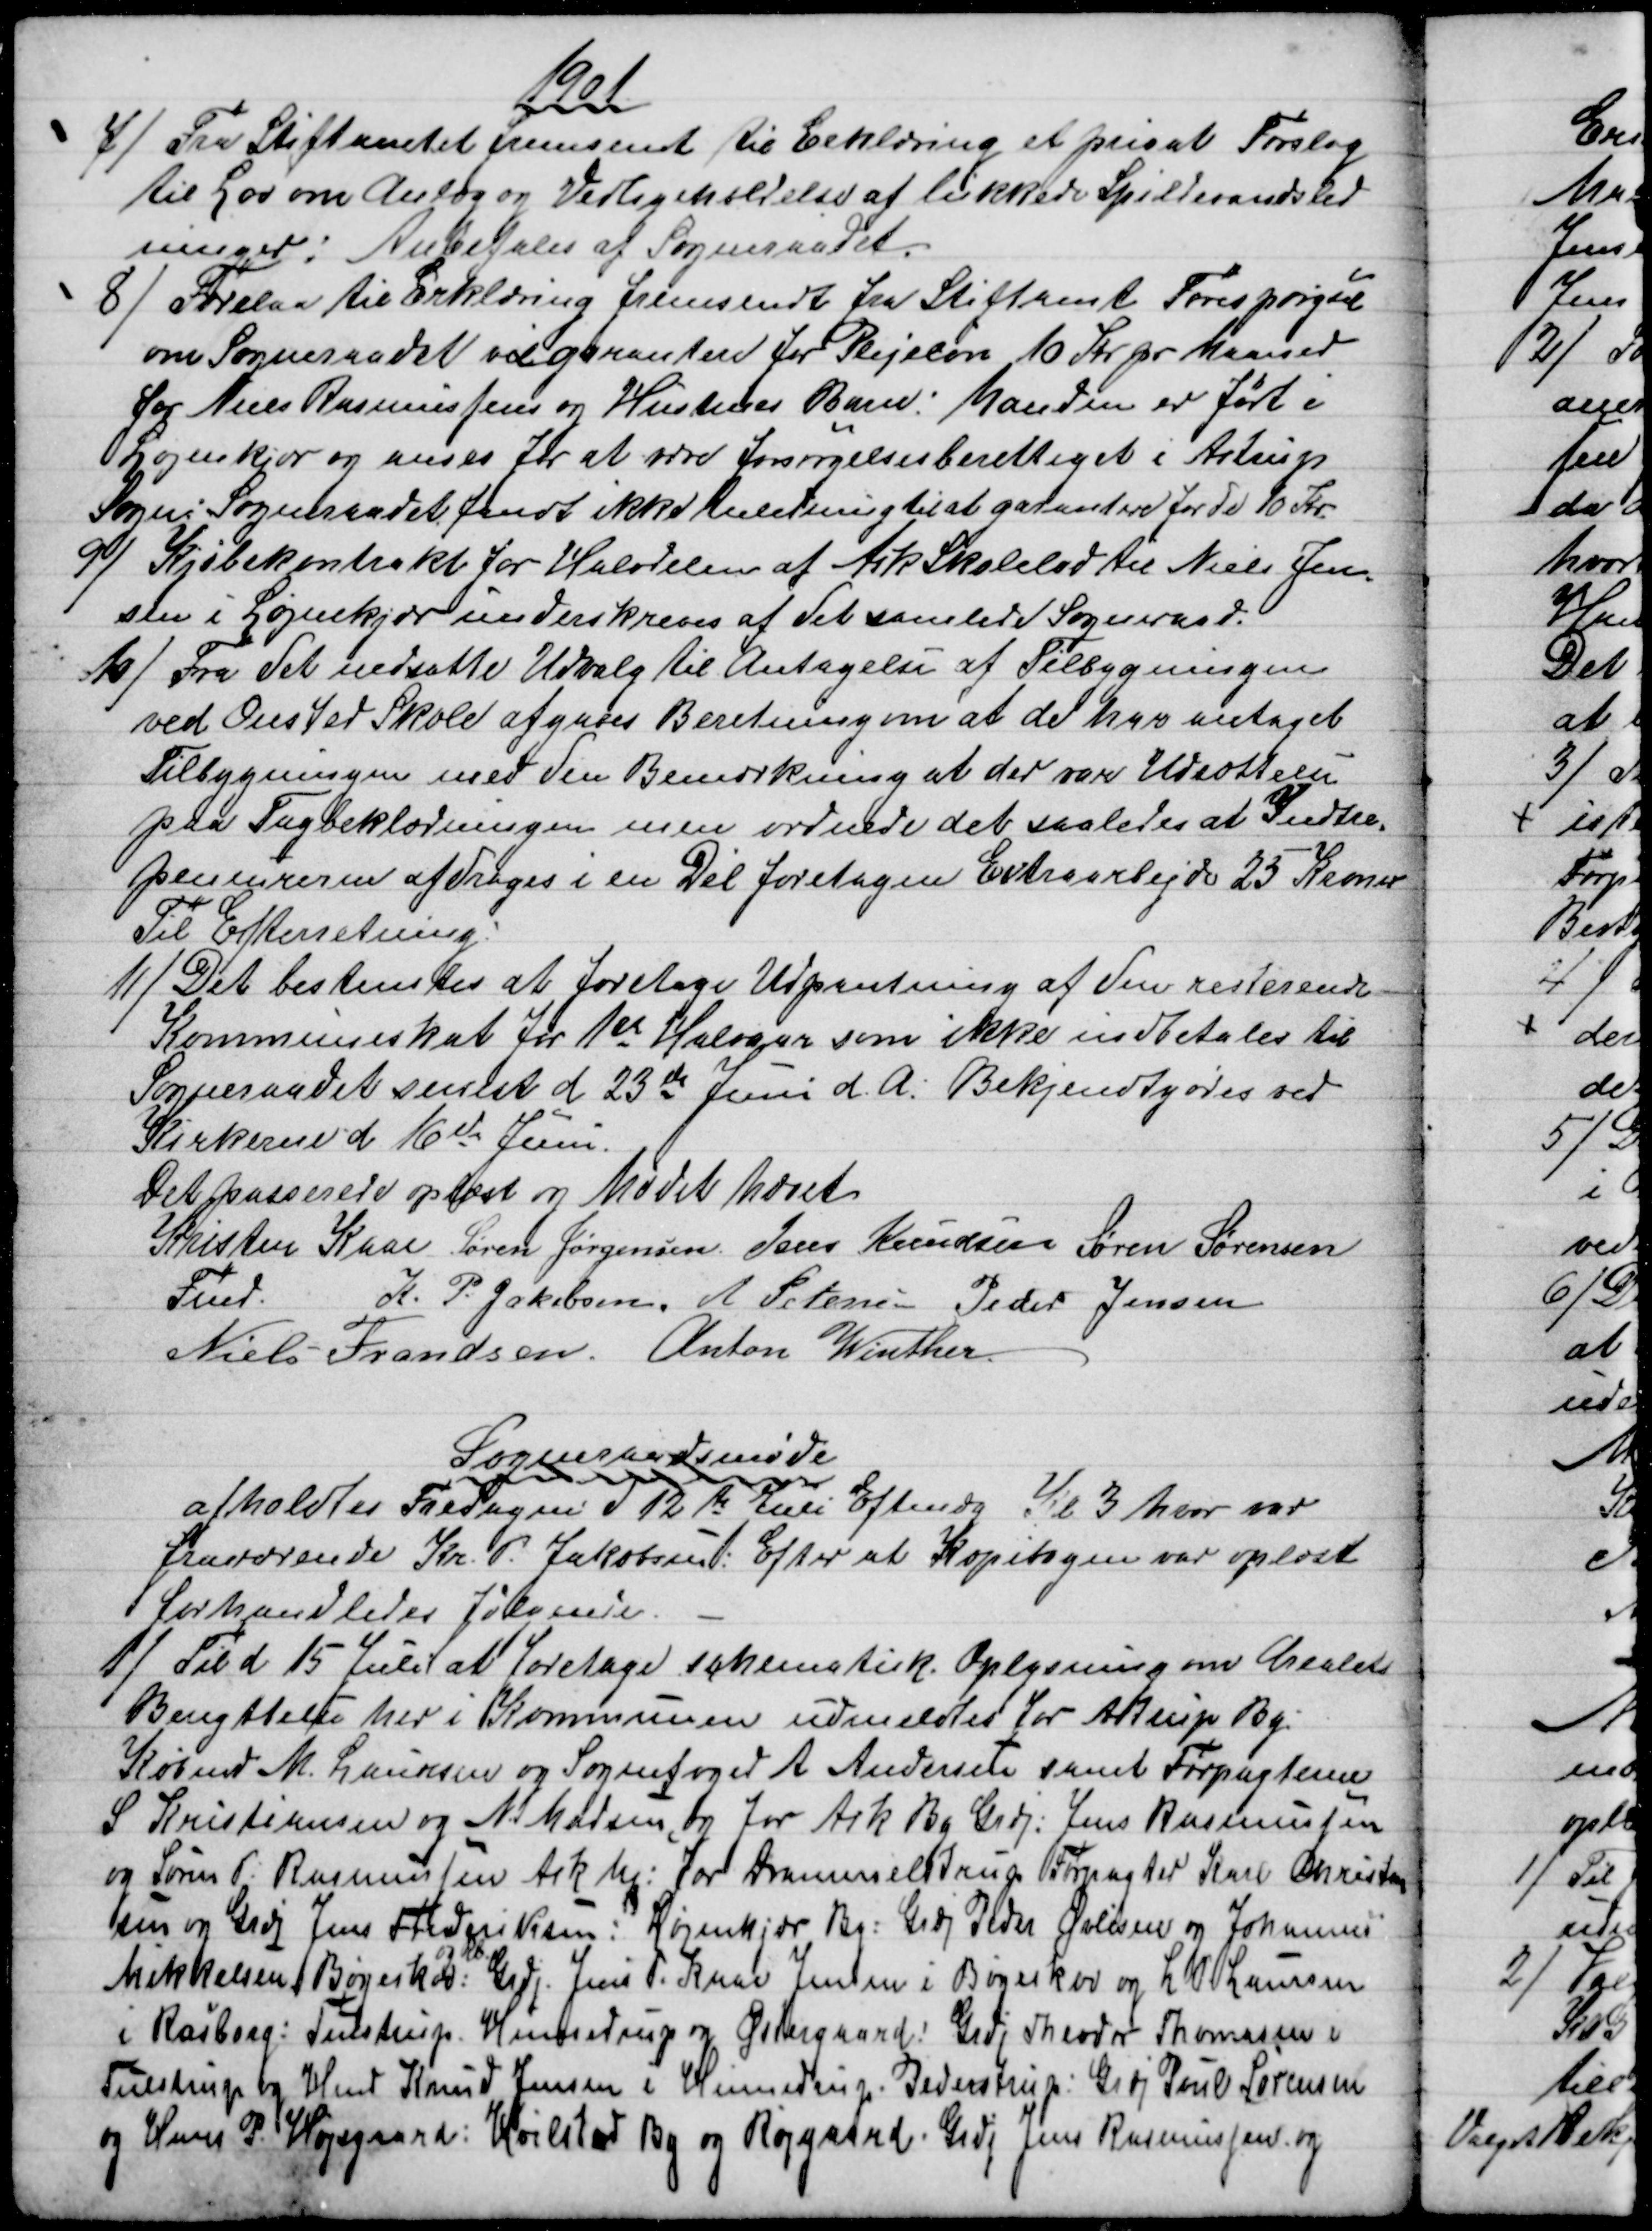
Transskription:
1901
7) 
Fra Stiftamtet fremsendt til Erklæring et privat Forslag
til Lov om Anlæg og Vedligeholdelse af lukkede Spildevandsled
ninger: Anbefales af Sogneraadet.
8) 
Forelaa til Erklæring fremsendt fra Stiftamt Forespørgsel
om Sogneraadet vil garantere for Plejeløn 10 Kr pr Maaned
for Niels Rasmussens og Hustrues Barn: Manden er født i
Løjenkjær og anses for at være forsørgelsesberettiget i Astrup
Sogn: Sogneraadet fandt ikke Anledning til at garantere for de 10 Kr.
9) 
Kjøbekontrakt for Halvdelen af Ask Skolelod til Niels Jen-
sen i Løjenkjær underskreves af det samlede Sogneraad.
10)
Fra det nedsatte Udvalg til Antagelse af Tilbygningen
ved Onsted Skole afgaves Beretning om at de har antaget
Tilbygningen med den Bemærkning at der var Udsættelse
paa Tagbeklædningen men ordnede det saaledes at Indtre-
peneureren afdrages i en Dél foretagen Extraarbejde 25 Kroner
Til Efterretning.
11) 
Det bestemtes at foretage Udpantning af den resterende
Kommuneskat for 1ste Halvaar som ikke indbetales til
Sogneraadet senest d 23de Juni d. A. Bekjendtgøres ved
Kirkerne d 16de Juni
Det passerede oplæst og Mødet hævet
Kristen Kaae 
Fmd.
Søren Jørgensen Jens Knudsen Søren Sørensen
K. P. Jakobsen. A Petersen Peder Jensen
Niels Frandsen. Anton Winther
Sogneraadsmøde
afholdtes Fredagen d 12te Juli Eftmdg Kl 3 hvor var
fraværende Kr. P. Jakobsen: Efter at Kopibogen var oplæst
forhandledes følgende.
1) 
Til d 15 Juli at foretage schematisk Oplysning om Arealets
Benyttelse her i Kommunen udmeldtes for Astrup By:
Købmd M. Laursen og Sognefoged A. Andersen samt Forpagterne
S Kristiansen og N. Madsen, og for Ask By Grdj: Jens Rasmussen
og Søren P. Rasmussen Ask Mk: For Drammelstrup Forpagter Karl Christen
sen og Grdj Jens Frederiksen: Løjenkjær By: Grdj Peder Øvlisen og Johannes
Mikkelsen Bøgeskov: 
og Rb.
Grdj. Jens P. Kaae Jensen i Bøgeskov og L. P.Laursen
i Rasborg: Tulstrup. Hinnedrup og Østergaard: Grdj Theodor Thomasen i
Tulstrup og Hmd Knud Jensen i Hinnedrup. Pederstrup: Grdj Poul Sørensen
og Hans P. Højsgaard: Hvilsted By og Røjgaard. Grdj Jens Rasmussen og